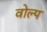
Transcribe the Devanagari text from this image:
वोल्प